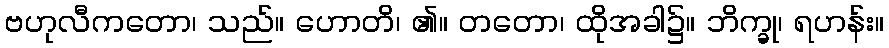
ဗဟုလီကတော၊ သည်။ ဟောတိ၊ ၏။ တတော၊ ထိုအခါ၌။ ဘိက္ခု၊ ရဟန်း။